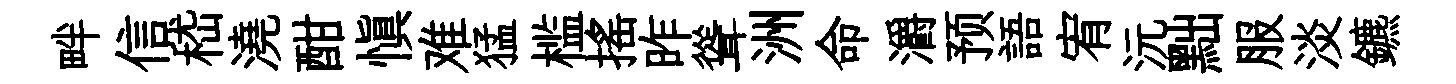
畔信嵇澆酣愼难猛槛搖昨聳洲命灂预語宥沅黜服淡鑣